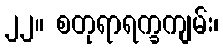
၂၂။ စတုရာရက္ခကျမ်း၊